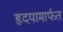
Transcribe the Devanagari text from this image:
हृदयामार्फत